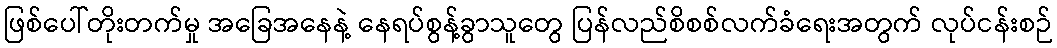
ဖြစ်ပေါ်တိုးတက်မှု အခြေအနေနဲ့ နေရပ်စွန့်ခွာသူတွေ ပြန်လည်စိစစ်လက်ခံရေးအတွက် လုပ်ငန်းစဉ်